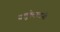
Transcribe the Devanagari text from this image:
बलुतेदारांनी